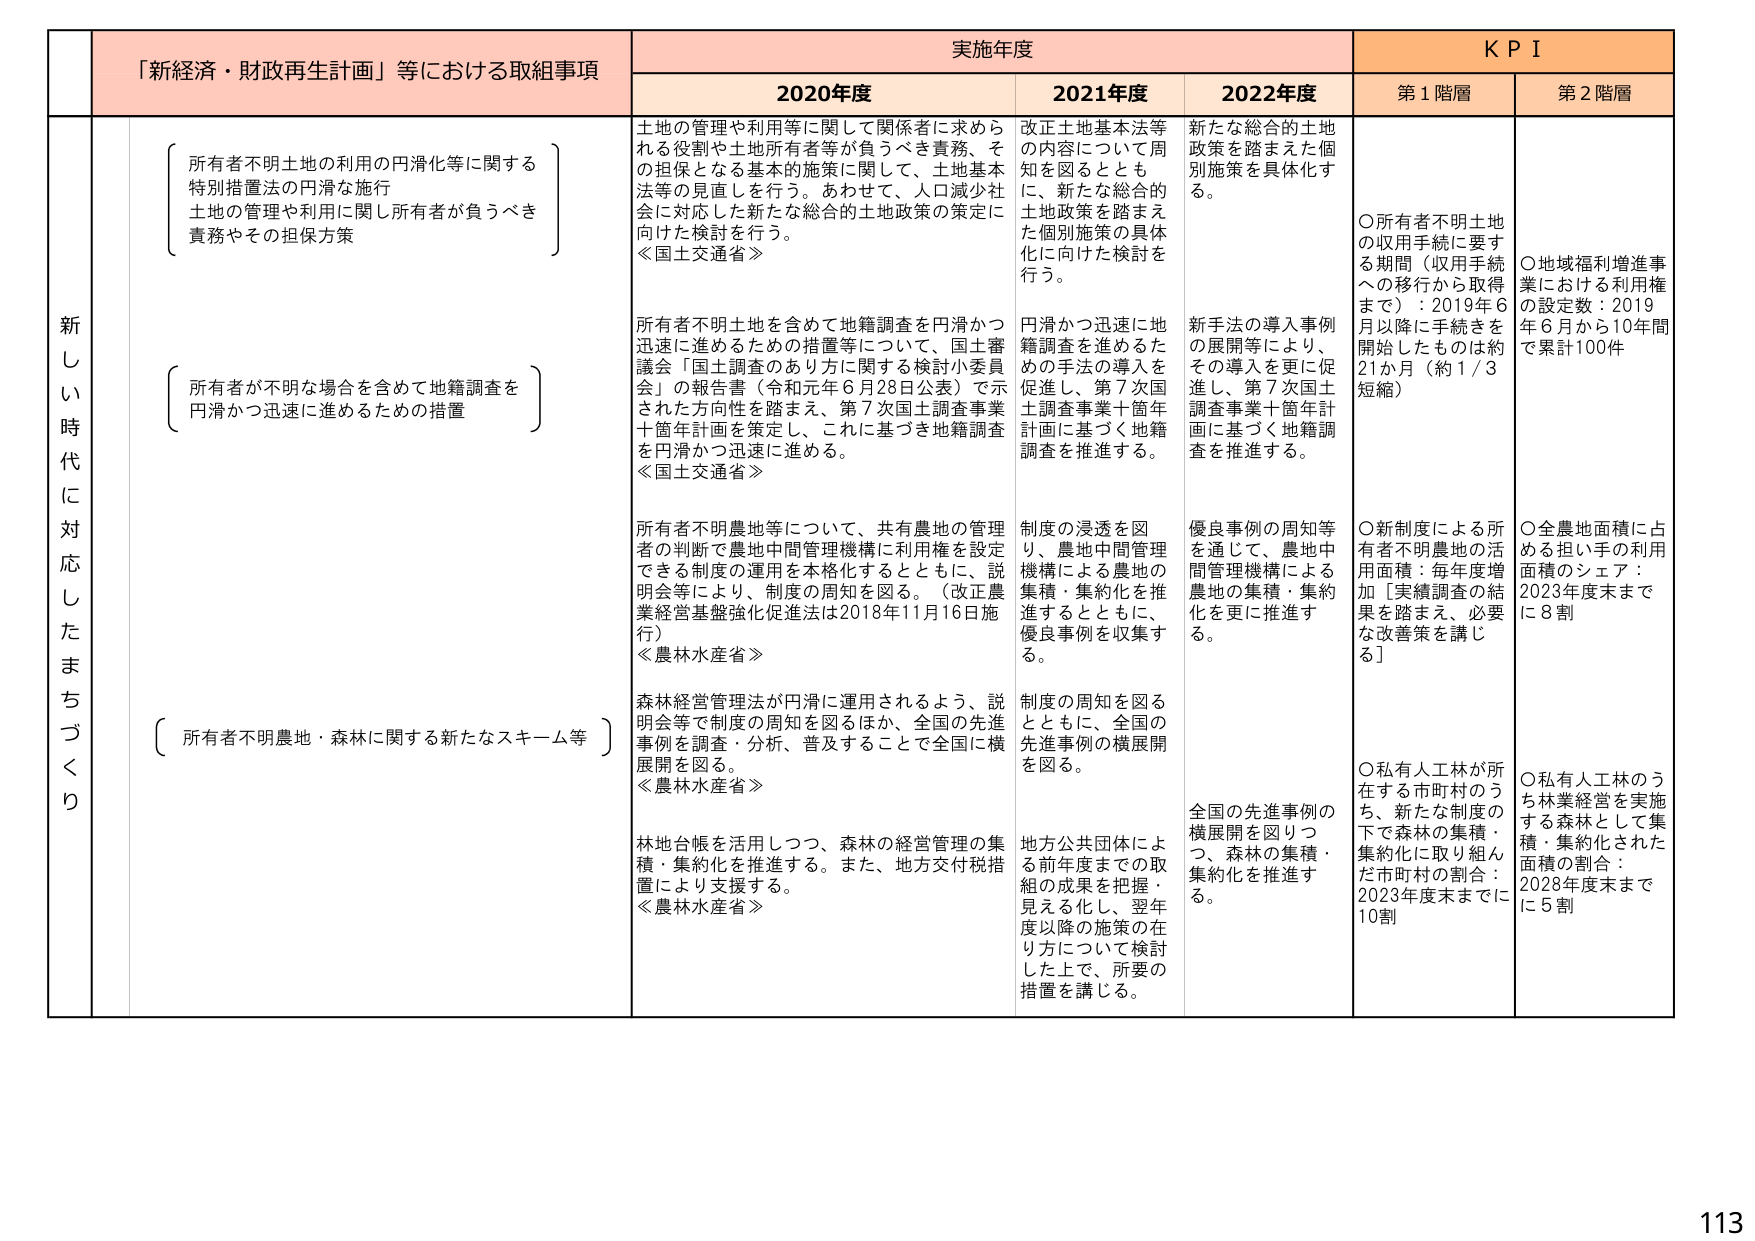
新しき時代に対応したまちづくり

「新経済・財政再生計画」等における取組事項

実施年度

KPI

2020年度

2021年度

2022年度

第1階層

第2階層

所有者不明土地の利用の円滑化等に関する特別措置法の円滑な施行
土地の管理や利用に関し所有者が負うべき責務やその担保方策

土地の管理や利用等に関して関係者に求められる役割や土地所有者等が負うべき責務、その担保となる基本的施策に関して、土地基本法等の見直しを行う。あわせて、人口減少社会に対応した新たな総合的土地政策の策定に向けた検討を行う。
《国土交通省》

改正土地基本法等の内容について周知を図るとともに、新たな総合的土地政策を踏まえた個別施策の具体化に向けた検討を行う。

新たな総合的土地政策を踏まえた個別施策を具体化する。

〇所有者不明土地の収用手続に要する期間（収用手続への移行から取得まで）：2019年6月以降に手続きを開始したものは約21か月（約1/3短縮）

〇地域福利増進事業における利用権の設定数：2019年6月から10年間で累計100件

所有者が不明な場合を含めて地籍調査を円滑かつ迅速に進めるための措置

所有者不明土地を含めて地籍調査を円滑かつ迅速に進めるための措置等について、国土審議会「国土調査のあり方に関する検討小委員会」の報告書（令和元年6月28日公表）で示された方向性を踏まえ、第7次国土調査事業十箇年計画を策定し、これに基づき地籍調査を円滑かつ迅速に進める。
《国土交通省》

円滑かつ迅速に地籍調査を進めるための手法の導入を促進し、第7次国土調査事業十箇年計画に基づく地籍調査を推進する。

新手法の導入事例の展開等により、その導入を更に促進し、第7次国土調査事業十箇年計画に基づく地籍調査を推進する。

所有者不明農地等について、共有農地の管理者の判断で農地中間管理機構に利用権を設定できる制度の運用を本格化するとともに、説明会等により、制度の周知を図る。（改正農業経営基盤強化促進法は2018年11月16日施行）
《農林水産省》

制度の浸透を図り、農地中間管理機構による農地の集積・集約化を推進するとともに、優良事例を収集する。

優良事例の周知等を通じて、農地中間管理機構による農地の集積・集約化を更に推進する。

〇新制度による所有者不明農地の活用面積：毎年度増加［実績調査の結果を踏まえ、必要な改善策を講じる］

〇全農地面積に占める担い手の利用面積のシェア：2023年度末までに8割

所有者不明農地・森林に関する新たなスキーム等

森林経営管理法が円滑に運用されるよう、説明会等で制度の周知を図るほか、全国の先進事例を調査・分析、普及することで全国に横展開を図る。
《農林水産省》

制度の周知を図るとともに、全国の先進事例の横展開を図る。

全国の先進事例の横展開を図りつつ、森林の集積・集約化を推進する。

〇私有人工林が所在する市町村のうち、新たな制度の下で森林の集積・集約化に取り組んだ市町村の割合：2023年度末までに10割

〇私有人工林のうち林業経営を実施する森林として集積・集約化された面積の割合：2028年度末までに5割

林地台帳を活用しつつ、森林の経営管理の集積・集約化を推進する。また、地方交付税措置により支援する。
《農林水産省》

地方公共団体による前年度までの取組の成果を把握・見える化し、翌年度以降の施策の在り方について検討した上で、所要の措置を講じる。

113